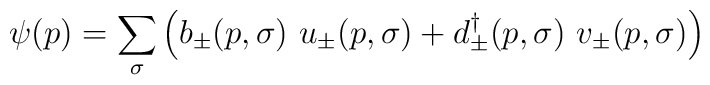
\psi (p)=\sum_\sigma \left( b_\pm (p,\sigma )\ u_\pm (p,\sigma )+d^\dagger_\pm(p,\sigma )\ v_\pm (p,\sigma )\right)